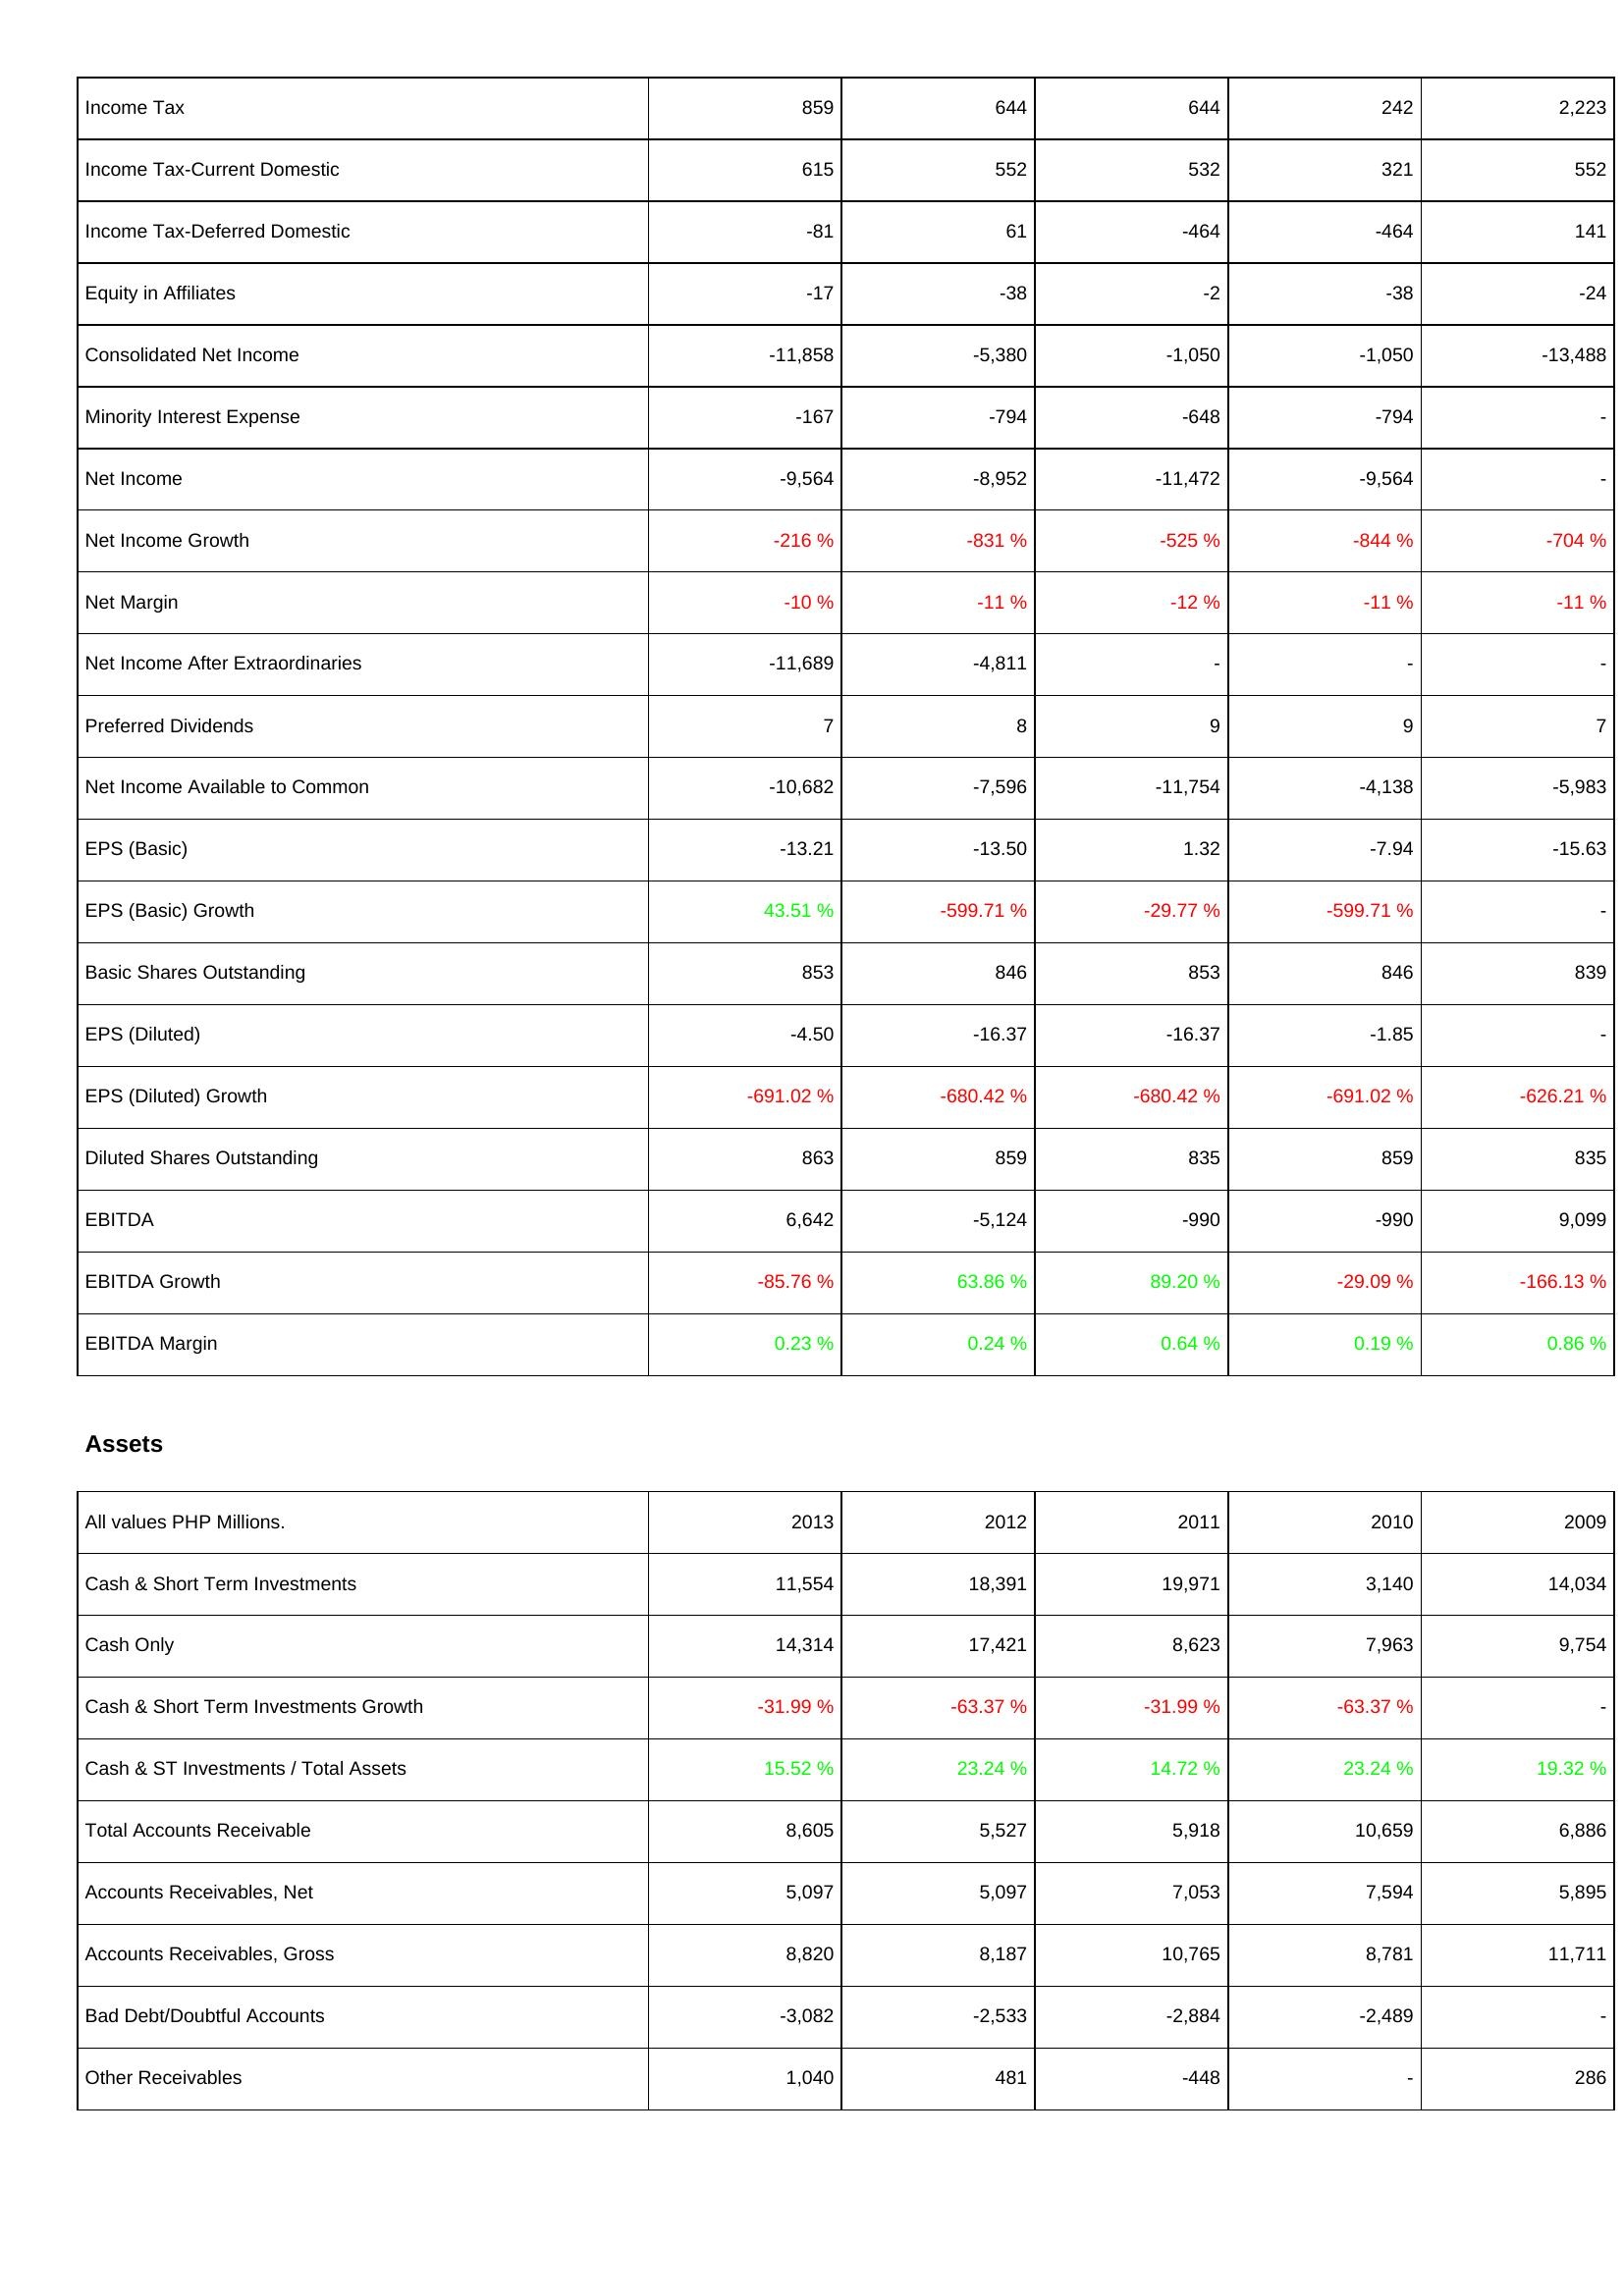
2013: Income Statement: Income Tax: 859
Income Tax-Current Domestic: 615
Income Tax-Deferred Domestic: -81
Equity in Affiliates: -17
Consolidated Net Income: -11,858
Minority Interest Expense: -167
Net Income: -9,564
Net Income Growth: -216 %
Net Margin: -10 %
Net Income After Extraordinaries: -11,689
Preferred Dividends: 7
Net Income Available to Common: -10,682
EPS (Basic): -13.21
EPS (Basic) Growth: 43.51 %
Basic Shares Outstanding: 853
EPS (Diluted): -4.50
EPS (Diluted) Growth: -691.02 %
Diluted Shares Outstanding: 863
EBITDA: 6,642
EBITDA Growth: -85.76 %
EBITDA Margin: 0.23 %
Assets: Cash & Short Term Investments: 11,554
Cash Only: 14,314
Cash & Short Term Investments Growth: -31.99 %
Cash & ST Investments / Total Assets: 15.52 %
Total Accounts Receivable: 8,605
Accounts Receivables, Net: 5,097
Accounts Receivables, Gross: 8,820
Bad Debt/Doubtful Accounts: -3,082
Other Receivables: 1,040
2012: Income Statement: Income Tax: 644
Income Tax-Current Domestic: 552
Income Tax-Deferred Domestic: 61
Equity in Affiliates: -38
Consolidated Net Income: -5,380
Minority Interest Expense: -794
Net Income: -8,952
Net Income Growth: -831 %
Net Margin: -11 %
Net Income After Extraordinaries: -4,811
Preferred Dividends: 8
Net Income Available to Common: -7,596
EPS (Basic): -13.50
EPS (Basic) Growth: -599.71 %
Basic Shares Outstanding: 846
EPS (Diluted): -16.37
EPS (Diluted) Growth: -680.42 %
Diluted Shares Outstanding: 859
EBITDA: -5,124
EBITDA Growth: 63.86 %
EBITDA Margin: 0.24 %
Assets: Cash & Short Term Investments: 18,391
Cash Only: 17,421
Cash & Short Term Investments Growth: -63.37 %
Cash & ST Investments / Total Assets: 23.24 %
Total Accounts Receivable: 5,527
Accounts Receivables, Net: 5,097
Accounts Receivables, Gross: 8,187
Bad Debt/Doubtful Accounts: -2,533
Other Receivables: 481
2011: Income Statement: Income Tax: 644
Income Tax-Current Domestic: 532
Income Tax-Deferred Domestic: -464
Equity in Affiliates: -2
Consolidated Net Income: -1,050
Minority Interest Expense: -648
Net Income: -11,472
Net Income Growth: -525 %
Net Margin: -12 %
Net Income After Extraordinaries: -
Preferred Dividends: 9
Net Income Available to Common: -11,754
EPS (Basic): 1.32
EPS (Basic) Growth: -29.77 %
Basic Shares Outstanding: 853
EPS (Diluted): -16.37
EPS (Diluted) Growth: -680.42 %
Diluted Shares Outstanding: 835
EBITDA: -990
EBITDA Growth: 89.20 %
EBITDA Margin: 0.64 %
Assets: Cash & Short Term Investments: 19,971
Cash Only: 8,623
Cash & Short Term Investments Growth: -31.99 %
Cash & ST Investments / Total Assets: 14.72 %
Total Accounts Receivable: 5,918
Accounts Receivables, Net: 7,053
Accounts Receivables, Gross: 10,765
Bad Debt/Doubtful Accounts: -2,884
Other Receivables: -448
2010: Income Statement: Income Tax: 242
Income Tax-Current Domestic: 321
Income Tax-Deferred Domestic: -464
Equity in Affiliates: -38
Consolidated Net Income: -1,050
Minority Interest Expense: -794
Net Income: -9,564
Net Income Growth: -844 %
Net Margin: -11 %
Net Income After Extraordinaries: -
Preferred Dividends: 9
Net Income Available to Common: -4,138
EPS (Basic): -7.94
EPS (Basic) Growth: -599.71 %
Basic Shares Outstanding: 846
EPS (Diluted): -1.85
EPS (Diluted) Growth: -691.02 %
Diluted Shares Outstanding: 859
EBITDA: -990
EBITDA Growth: -29.09 %
EBITDA Margin: 0.19 %
Assets: Cash & Short Term Investments: 3,140
Cash Only: 7,963
Cash & Short Term Investments Growth: -63.37 %
Cash & ST Investments / Total Assets: 23.24 %
Total Accounts Receivable: 10,659
Accounts Receivables, Net: 7,594
Accounts Receivables, Gross: 8,781
Bad Debt/Doubtful Accounts: -2,489
Other Receivables: -
2009: Income Statement: Income Tax: 2,223
Income Tax-Current Domestic: 552
Income Tax-Deferred Domestic: 141
Equity in Affiliates: -24
Consolidated Net Income: -13,488
Minority Interest Expense: -
Net Income: -
Net Income Growth: -704 %
Net Margin: -11 %
Net Income After Extraordinaries: -
Preferred Dividends: 7
Net Income Available to Common: -5,983
EPS (Basic): -15.63
EPS (Basic) Growth: -
Basic Shares Outstanding: 839
EPS (Diluted): -
EPS (Diluted) Growth: -626.21 %
Diluted Shares Outstanding: 835
EBITDA: 9,099
EBITDA Growth: -166.13 %
EBITDA Margin: 0.86 %
Assets: Cash & Short Term Investments: 14,034
Cash Only: 9,754
Cash & Short Term Investments Growth: -
Cash & ST Investments / Total Assets: 19.32 %
Total Accounts Receivable: 6,886
Accounts Receivables, Net: 5,895
Accounts Receivables, Gross: 11,711
Bad Debt/Doubtful Accounts: -
Other Receivables: 286